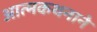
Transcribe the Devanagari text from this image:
आत्मकथनाने